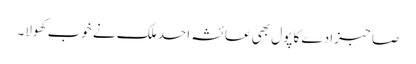
صاحبزادے کا پول بھی عائشہ احد ملک نے خوب کھولا۔